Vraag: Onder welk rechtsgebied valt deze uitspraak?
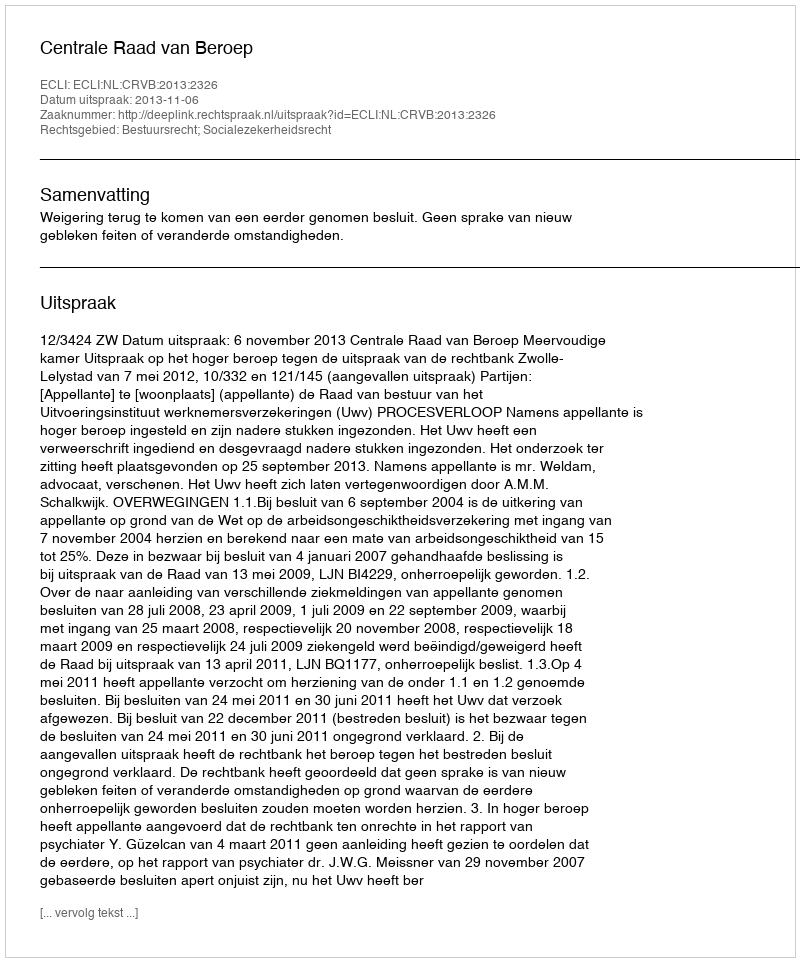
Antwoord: Bestuursrecht; Socialezekerheidsrecht